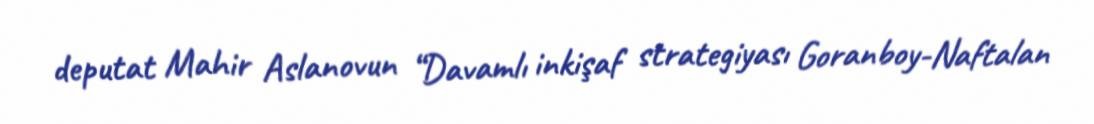
deputat Mahir Aslanovun “Davamlı inkişaf strategiyası Goranboy-Naftalan